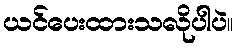
ယင်ပေးထားသလိုပါပဲ။